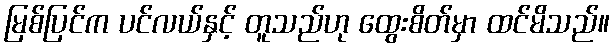
မြစ်ပြင်က ပင်လယ်နှင့် တူသည်ဟု ထွေးစိတ်မှာ ထင်မိသည်။